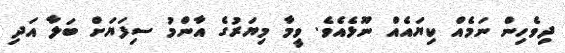
ދިވެހިން ނަމެއް ކިޔައެއް ނޫޅެއެވެ. ވީމާ މިޔަރުގެ އާންމު ސިފަޔަށް ބަލާ އަދި